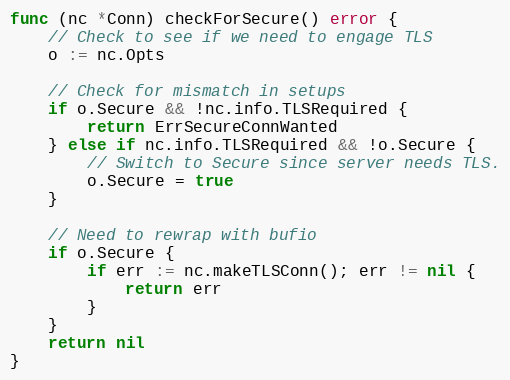
Language: Go
func (nc *Conn) checkForSecure() error {
	// Check to see if we need to engage TLS
	o := nc.Opts

	// Check for mismatch in setups
	if o.Secure && !nc.info.TLSRequired {
		return ErrSecureConnWanted
	} else if nc.info.TLSRequired && !o.Secure {
		// Switch to Secure since server needs TLS.
		o.Secure = true
	}

	// Need to rewrap with bufio
	if o.Secure {
		if err := nc.makeTLSConn(); err != nil {
			return err
		}
	}
	return nil
}